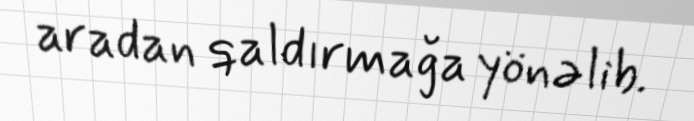
aradan qaldırmağa yönəlib.